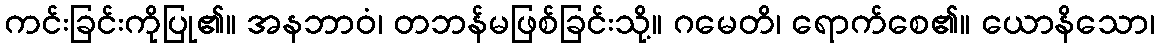
ကင်းခြင်းကိုပြု၏။ အနဘာဝံ၊ တဘန်မဖြစ်ခြင်းသို့။ ဂမေတိ၊ ရောက်စေ၏။ ယောနိသော၊